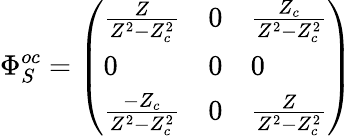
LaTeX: \Phi_{S}^{oc}=\left(\begin{array}{lll}{\frac{Z}{Z^{2}-Z_{c}^{2}}}&{0}&{\frac{Z_{c}}{Z^{2}-Z_{c}^{2}}}\\ {0}&{0}&{0}\\ {\frac{-Z_{c}}{Z^{2}-Z_{c}^{2}}}&{0}&{\frac{Z}{Z^{2}-Z_{c}^{2}}}\end{array}\right)